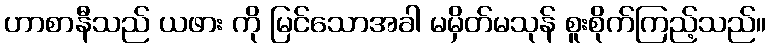
ဟာစာနီသည် ယဖား ကို မြင်သောအခါ မမှိတ်မသုန် စူးစိုက်ကြည့်သည်။